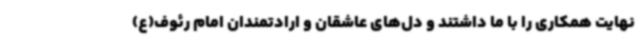
نهایت همکاری را با ما داشتند و دل‌های عاشقان و ارادتمندان امام رئوف(ع)